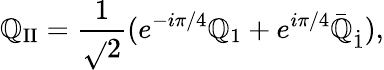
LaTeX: \mathbb{Q}_{\mathrm{{II}}}=\frac{{1}}{{\sqrt{}{{2}}}}(e^{-i\pi/4}\mathbb{Q}_{1}+e^{i\pi/4}\bar{{\mathbb{Q}}}_{\dot{{1}}}),